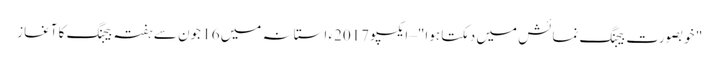
‫" خوبصورت بیجنگ نمائش میں دمکتا ہوا" –ایکسپو 2017ء استانہ میں 16 جون سے ہفتہ بیجنگ کا آغاز